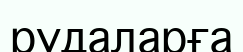
рудаларға